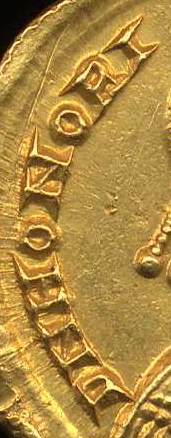
DIIHONORI